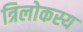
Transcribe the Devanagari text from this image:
त्रिलोकस्य